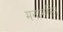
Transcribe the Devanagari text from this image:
मनागस्ति